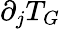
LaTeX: \partial_{j}T_{G}